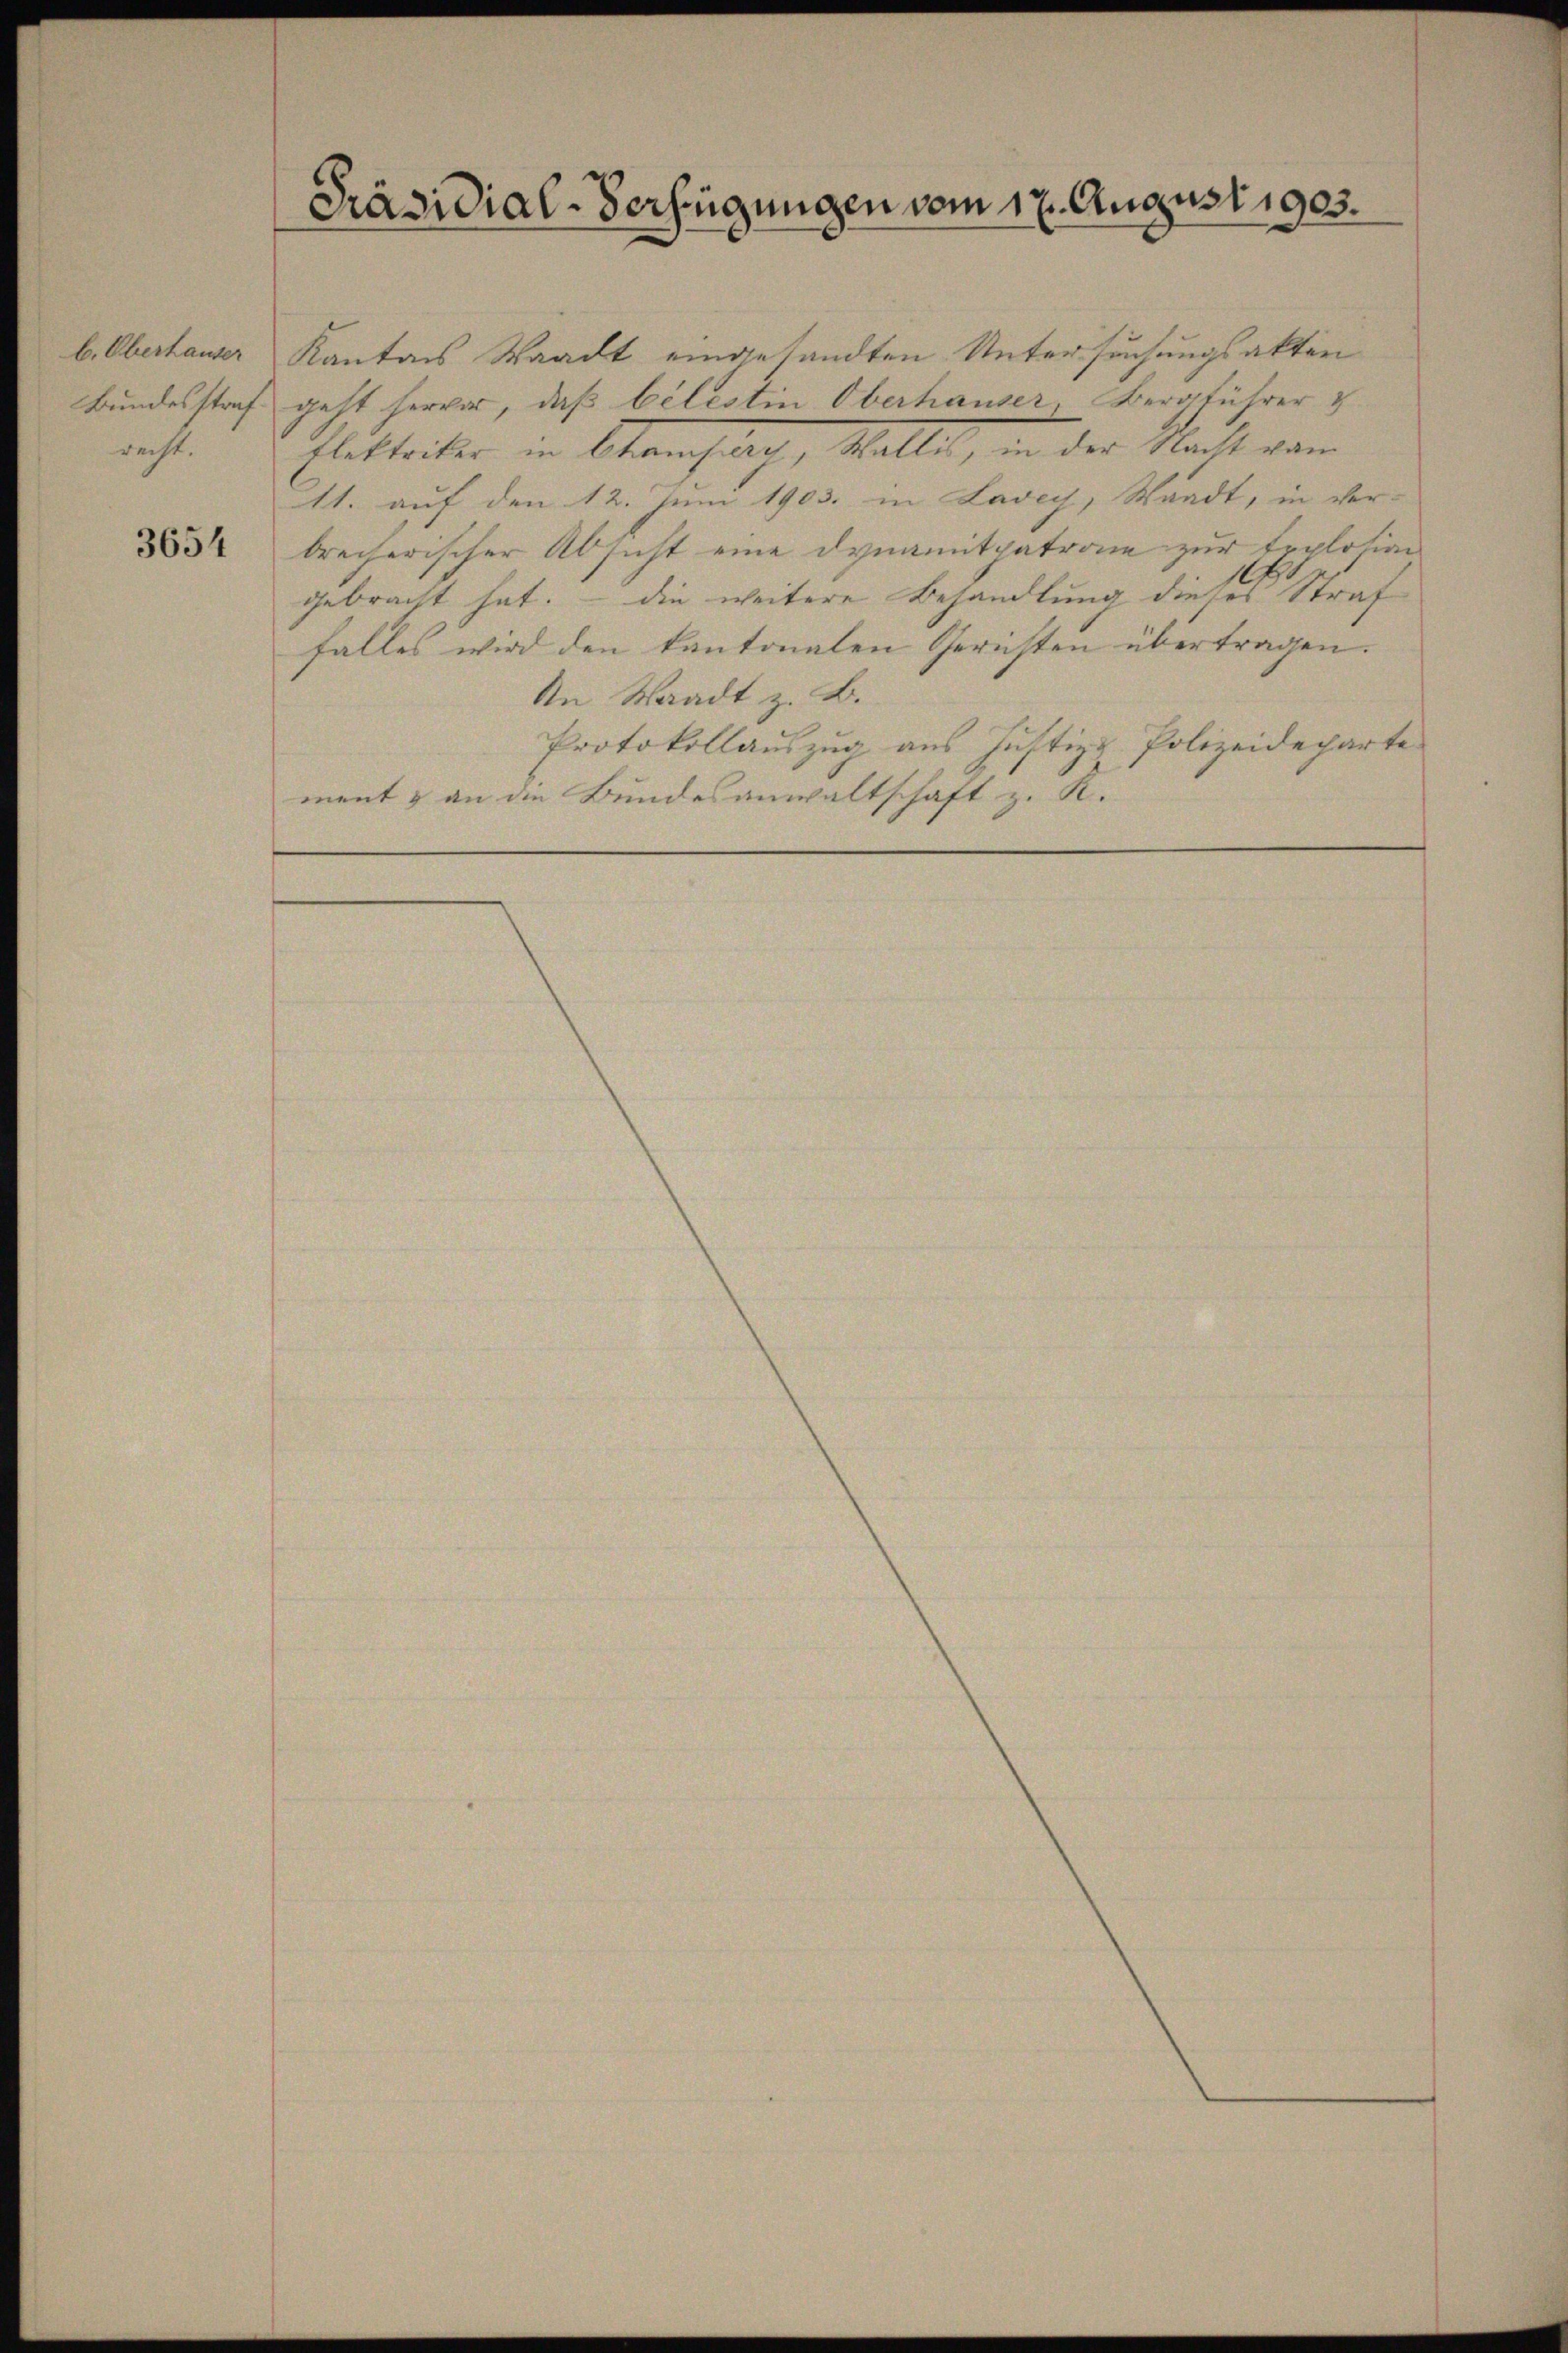
b. Oberhauser
Bundesstraf.
recht.

3654

Präsidial-Verfügungen vom 17. August 1905.

Kantons Waadt eingesandten Untersuchungsakten
geht hervor, daß belestin Oberhauser, Bergführer &
flektritter in Samstag, Walle, in der Nacht vom
11. auf den 12. Juni 1903. in Lavey, Waadt, in der
brecherischer Absicht eine Dynamitpatrone zur Erplosion
.
gebracht hat. – die weitere Behandlung dieses Straf
falles wird den kantonalen Gerichten übertragen.
An Waadt z. B.
Protokollauszug aus Justiz-Polizeideparte
ment & an die Bundesanwaltschaft z. K.